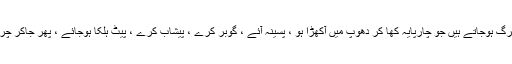
کئی چارپائے کھا کر مرجاتے ہیں کئی قریب المرگ ہوجاتے ہیں جو چارپایہ کھا کر دھوپ میں آکھڑا ہو ، پسینہ آئے ، گوبر کرے ، پیشاب کرے ، پیٹ ہلکا ہوجائے ، پھر جاکر چرنے لگے ، اس چارپائٰے کویہ غذا مفید پڑتی ہے۔